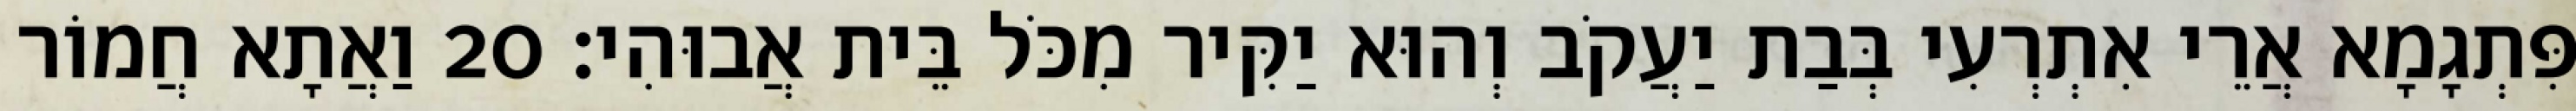
פִּתְגָמָא אֲרֵי אִתְרְעִי בְּבַת יַעֲקֹב וְהוּא יַקִּיר מִכֹּל בֵּית אֲבוּהִי׃ 20 וַאֲתָא חֲמוֹר